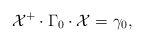
\begin{align*}{\cal X}^+\cdot\Gamma_0\cdot{\cal X}=\gamma_0,\end{align*}